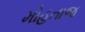
મોહતાજ